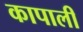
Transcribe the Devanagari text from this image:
कापाली